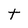
Character: t